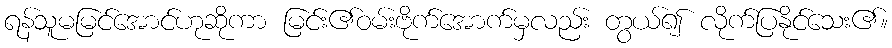
ရန်သူမမြင်အောင်ဟုဆိုကာ မြင်း၏ဝမ်းဗိုက်အောက်မှလည်း တွယ်၍ လိုက်ပြနိုင်သေး၏။